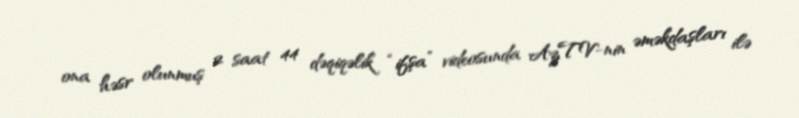
ona həsr olunmuş 2 saat 44 dəqiqəlik “ifşa” videosunda AzTV-nin əməkdaşları ilə